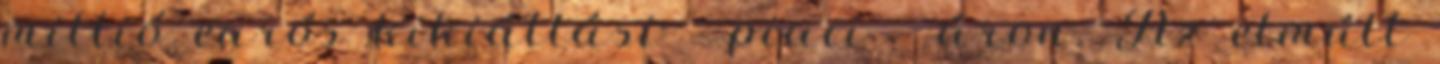
millió eurós kikiáltási - piaci - áron. Az elmúlt